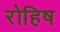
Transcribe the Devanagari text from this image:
रोहिष